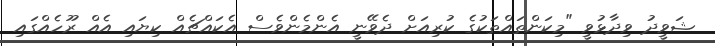
ޝަވީދު ވިދާޅުވީ "މިކަންތައްތަކުގެ ކުރިއަށް ދެވޭނީ އެންމެންވެސް އެކައްޗެއް ކިޔައި އެއް ރޫހެއްގައި